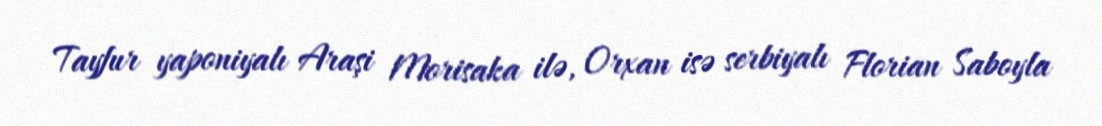
Tayfur yaponiyalı Araşi Morisaka ilə, Orxan isə serbiyalı Florian Saboyla